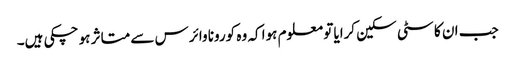
جب ان کا سٹی سکین کرایا تو معلوم ہوا کہ وہ کورونا وائرس سے متاثر ہو چکی ہیں۔